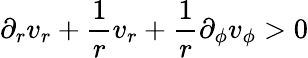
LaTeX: \partial_{r}v_{r}+\frac{1}{r}v_{r}+\frac{1}{r}\partial_{\phi}v_{\phi}>0